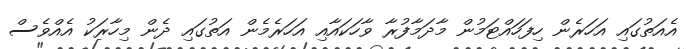
އެއަތުގައި އަހަރެން ހިފަހައްޓަމުން މާދަމާފުރާ ވާހަކައާއި އަހަރެމެން އަތުގައި ދެން މިހާރަކު އެއްވެސް